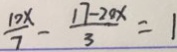
\frac { 1 0 x } { 7 } - \frac { 1 7 - 2 0 x } { 3 } = 1